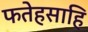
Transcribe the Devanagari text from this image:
फतेहसाहि